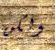
ولكن